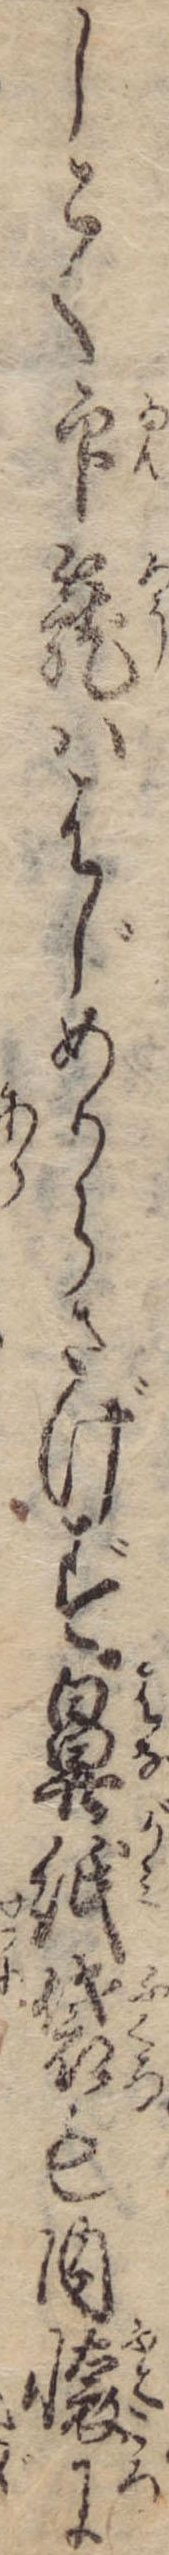
しこく印篭ははじめからさげず鼻紙袋も内懐に